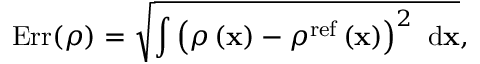
\mathrm { E r r } ( \rho ) = \sqrt { \int { \left( \rho \left( { \bf x } \right) - \rho ^ { \mathrm { r e f } } \left( { \bf x } \right) \right) ^ { 2 } \ \mathrm { d } { \bf x } } } ,